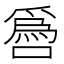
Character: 噕